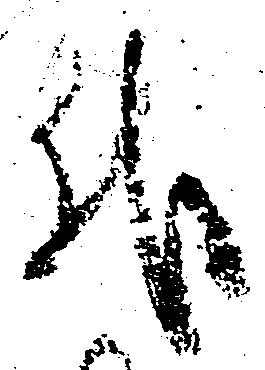
代